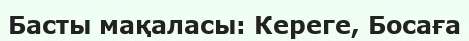
Басты мақаласы: Кереге, Босаға